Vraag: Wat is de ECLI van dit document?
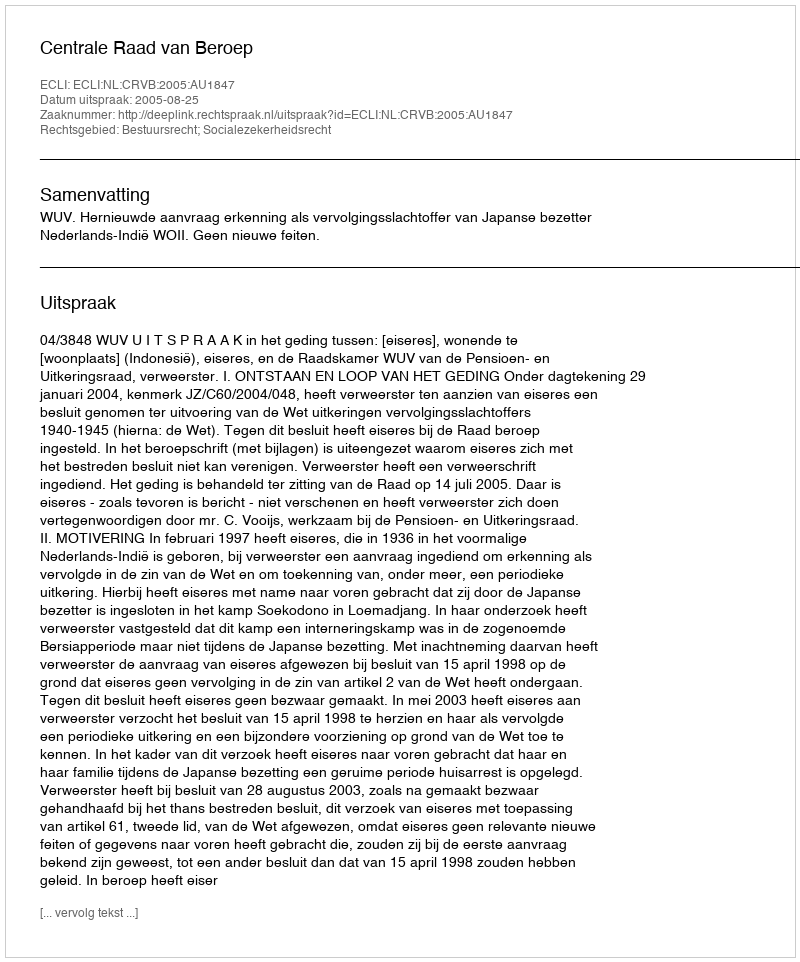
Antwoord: ECLI:NL:CRVB:2005:AU1847